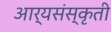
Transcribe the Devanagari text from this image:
आर्यसंस्कृती